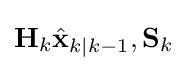
\mathbf {H} _{k}{\hat {\mathbf {x} }}_{k\mid k-1},\mathbf {S} _{k}